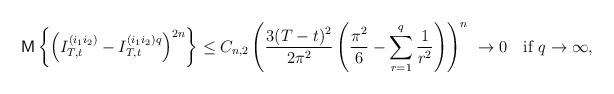
LaTeX: \begin{align*}{\sf M}\left\{\left(I_{T,t}^{(i_1 i_2)}-I_{T,t}^{(i_1 i_2)q}\right)^{2n}\right\}\le C_{n,2}\left(\frac{3(T-t)^{2}}{2\pi^2}\left(\frac{\pi^2}{6}-\sum\limits_{r=1}^q\frac{1}{r^2}\right)\right)^n\ \to 0\ \ \ \hbox{if}\ q\to\infty,\end{align*}